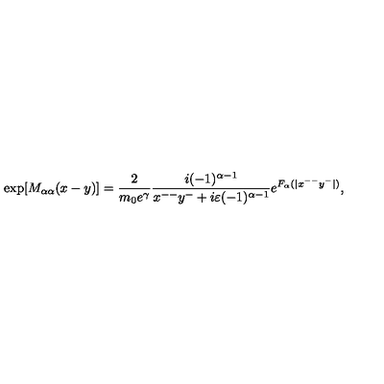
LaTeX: \mathrm { e x p } [ M _ { { \alpha } { \alpha } } ( x - y ) ] = \frac { 2 } { m _ { 0 } e ^ { \gamma } } \frac { i ( - 1 ) ^ { { \alpha } - 1 } } { x ^ { -- } y ^ { - } + i { \varepsilon } ( - 1 ) ^ { { \alpha } - 1 } } e ^ { F _ { \alpha } ( | x ^ { -- } y ^ { - } | ) } ,